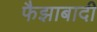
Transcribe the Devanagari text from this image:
फैझाबादी